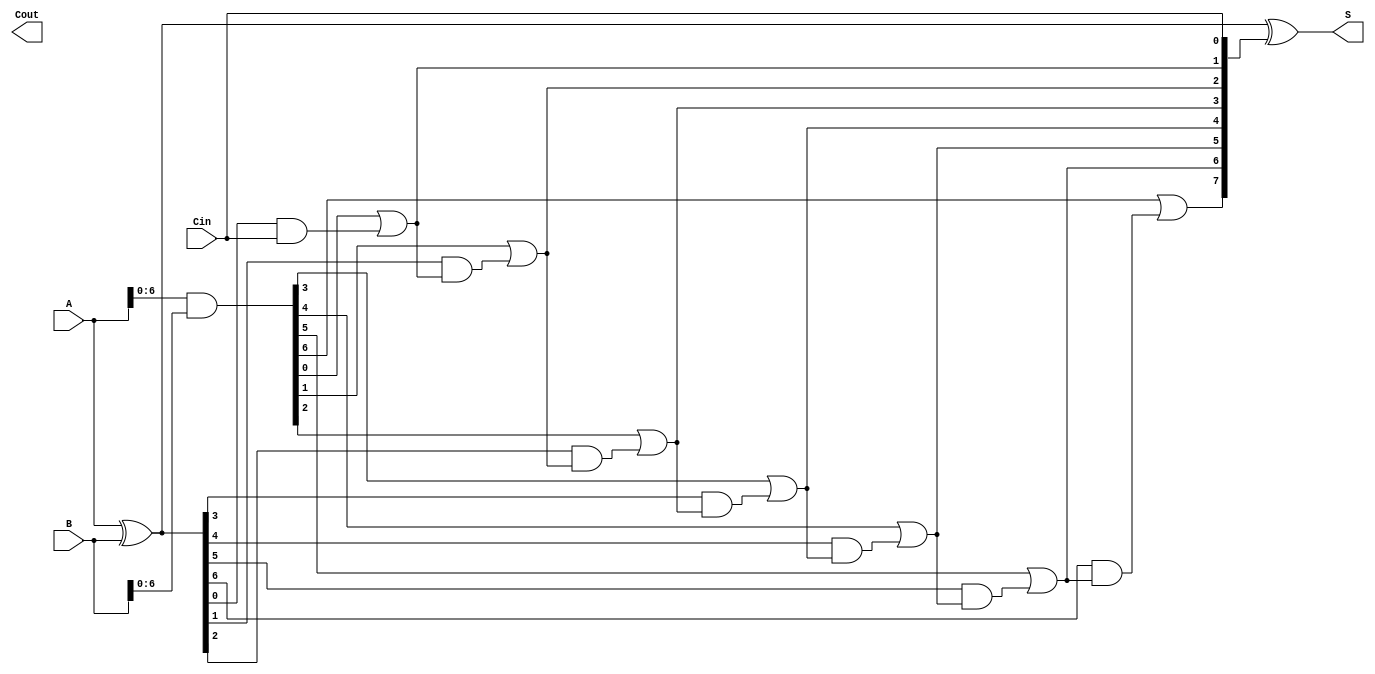
module ParallelPrefixAdder #(parameter n = 8) (
    input  wire [n-1:0] A,      // First operand
    input  wire [n-1:0] B,      // Second operand
    input  wire Cin,             // Carry-in
    output wire [n-1:0] S,       // Sum output
    output wire Cout             // Carry-out
);

    // Generate and Propagate signals
    wire [n-1:0] G; // Generate signals
    wire [n-1:0] P; // Propagate signals
    wire [n:0] C;   // Carry signals

    // Generate and Propagate calculations
    assign G = A & B;           // G[i] = A[i] & B[i]
    assign P = A ^ B;           // P[i] = A[i] ^ B[i]

    // Carry signals initialization
    assign C[0] = Cin;          // C[0] = Cin

    // Kogge-Stone prefix network for carry generation
    genvar i;
    generate
        // Level 1
        for (i = 0; i < n-1; i = i + 1) begin : level1
            assign C[i+1] = G[i] | (P[i] & C[i]);
        end
    endgenerate

    // Sum calculation
    assign S = P ^ C[n-1:0];    // S[i] = P[i] ^ C[i]

    // Final carry-out
    assign Cout = C[n];         // Cout = C[n]

endmodule